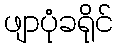
ဖျာပုံခရိုင်